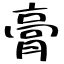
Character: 膏